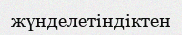
жүнделетіндіктен